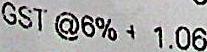
GST @6% + 1.06